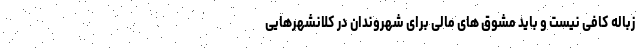
زباله کافی نیست و باید مشوق‌ های مالی برای شهروندان در کلانشهرهایی